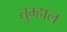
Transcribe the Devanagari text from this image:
तुम्हाल